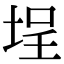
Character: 埕